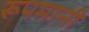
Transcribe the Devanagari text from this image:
रूपमानी